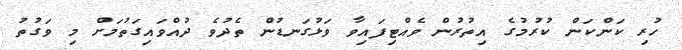
ހުރި ކަންކަން ކުރުމުގެ އިތުރުން ވެއްޓިފައިވާ ވަޅުގަނޑުން ތެދުވެ ދުއްވައިގަތުމަށް މި ވަގުތު